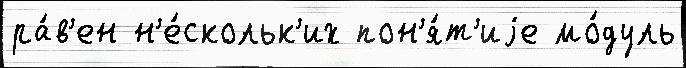
ра́в'ен н'е́скольк'их пон'я́т'иjе мо́дуль